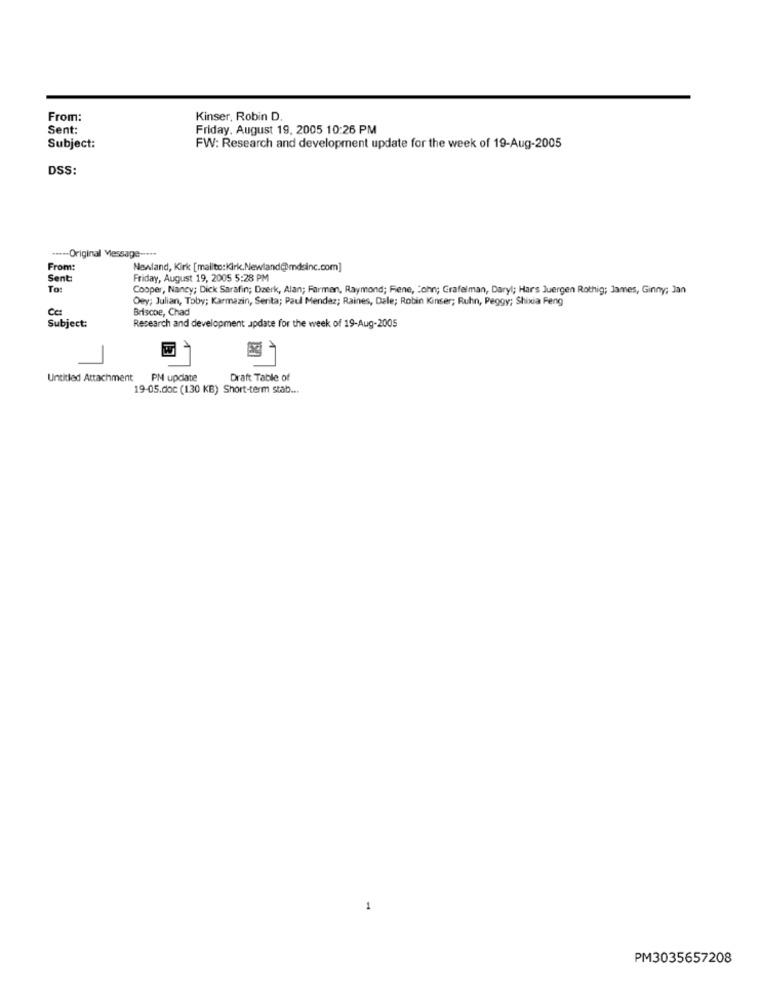
From:
Kinser, Robin D.
Sent:
Friday. August 19, 2005 10:26 PM
Subject:
FW: Research and development update for the week of 19-Aug-2005
DSS:
***-- Original Message -...
From:
Newland, Kirk [mailto:Kirk.Newland@mdsinc.com]
Sent:
Friday, August 19, 2005 5:28 PM
Cooper, Nancy; Dick Sarafin; Dzerk, Alan; Farmen, Raymond; Fene, John; Grafelman, Daryl; Hars Juergen Rothig; James, Ginny; Jan
Oey; Julian, Toby; Karmazin, Senta; Paul Mendez; Raines, Dale; Robin Kinser; Ruhn, Peggy; Shixia Feng
Cc:
Briscoe, Chad
Subject:
Research and development update for the week of 19-Aug-2005
Untitled Attachment PM update
Draft Table of
19-05.doc (130 KB) Short-term stab ...
1
PM3035657208